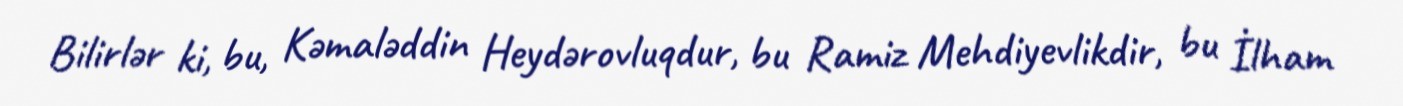
Bilirlər ki, bu, Kəmaləddin Heydərovluqdur, bu Ramiz Mehdiyevlikdir, bu İlham